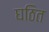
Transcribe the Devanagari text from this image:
घठित